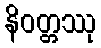
နိဝတ္တဿု